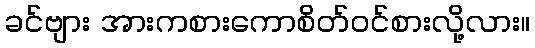
ခင်ဗျား အားကစားကောစိတ်ဝင်စားလို့လား။